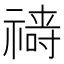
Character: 𱵧